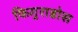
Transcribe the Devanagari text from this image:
फिगुराडोस